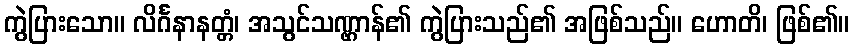
ကွဲပြားသော။ လိင်္ဂနာနတ္တံ၊ အသွင်သဏ္ဌာန်၏ ကွဲပြားသည်၏ အဖြစ်သည်။ ဟောတိ၊ ဖြစ်၏။